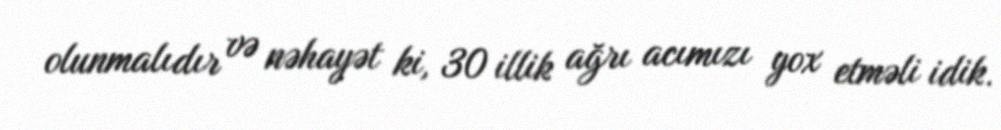
olunmalıdır və nəhayət ki, 30 illik ağrı acımızı yox etməli idik.